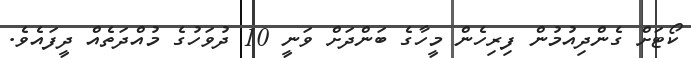
ކޯޓަށް ގެންދިއުމުން ފިރިހެން މީހާގެ ބަންދަށް ވަނީ 10 ދުވަހުގެ މުއްދަތެއް ދީފައެވެ.